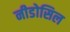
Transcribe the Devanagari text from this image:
नीडोसिल